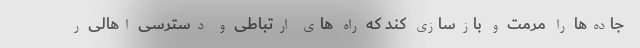
جاده‌ها را مرمت و بازسازی کند که راه های ارتباطی و دسترسی اهالی ر